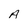
Character: A